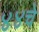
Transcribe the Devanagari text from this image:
४४चे